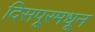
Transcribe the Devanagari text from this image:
दिसपूरमधून